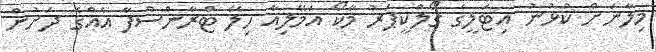
މިލާނަށް ކުޅުނު އިޓަލީގެ ގޯލްކީޕަރު މާކޯ އަމޭލިއާ ހިލޭ ޓްރާންސްފާ އެއްގެ ދަށުން